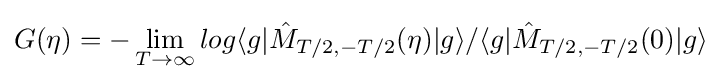
G(\eta )=-\lim _{T\to \infty }log\langle g|{\hat {M}}_{T/2,-T/2}(\eta )|g\rangle /\langle g|{\hat {M}}_{T/2,-T/2}(0)|g\rangle